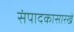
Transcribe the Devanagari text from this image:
संपादकासारखे